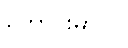
ကောင်းမှာပါ။